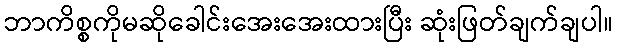
ဘာကိစ္စကိုမဆိုခေါင်းအေးအေးထားပြီး ဆုံးဖြတ်ချက်ချပါ။